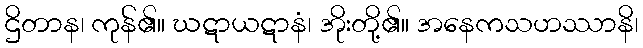
ဌိတာန၊ ကုန်၏။ ဃဋာယဋာနံ၊ အိုးတို့၏။ အနေကသဟဿာနိ၊